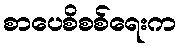
စာပေစိစစ်ရေးက